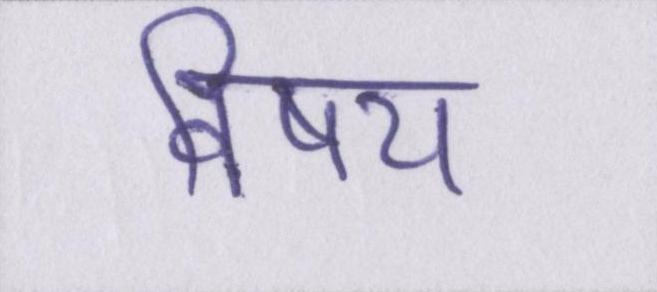
विषय